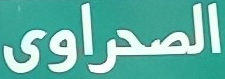
الصحراوى